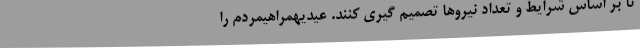
تا بر اساس شرایط و تعداد نیروها تصمیم گیری کنند. عیدیهمراهیمردم را